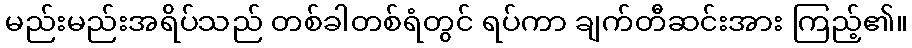
မည်းမည်းအရိပ်သည် တစ်ခါတစ်ရံတွင် ရပ်ကာ ချက်တီဆင်းအား ကြည့်၏။